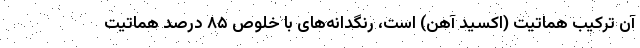
آن ترکیب هماتیت (اکسید آهن) است، رنگدانه‌های با خلوص ۸۵ درصد هماتیت